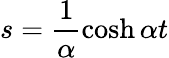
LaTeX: s=\frac{1}{\alpha}\cosh\alpha t